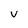
Character: V